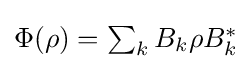
{\textstyle \Phi (\rho )=\sum _{k}B_{k}\rho B_{k}^{*}}